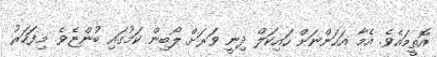
އޮތީމައެވެ. އެމާ އަހަންނަށް ހައިކަލް ދިނީ ވަރަށް ލޯބިން ކަމުގައި ބުންޏެވެ. މިފަހަރު